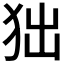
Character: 𤝒